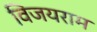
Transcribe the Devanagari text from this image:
विजयराम